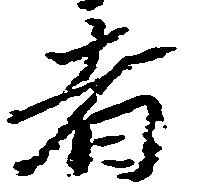
者